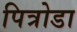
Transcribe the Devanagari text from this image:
पित्रोडा